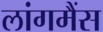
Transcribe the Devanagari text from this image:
लांगमैंस